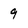
Character: 9